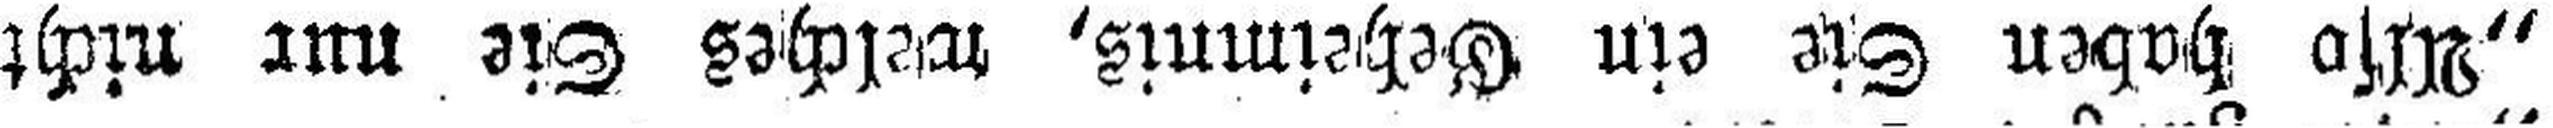
„Also haben Sie ein Geheimnis, welches Sie nur nicht